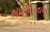
ભારતીયતાની